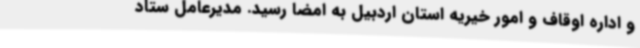
و اداره اوقاف و امور خیریه استان اردبیل به امضا رسید. مدیرعامل ستاد